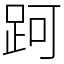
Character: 跒